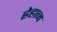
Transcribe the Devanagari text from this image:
ह्रेहान